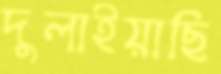
দুলাইয়াছি